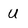
Character: U